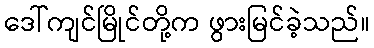
ဒေါ်ကျင်မြိုင်တို့က ဖွားမြင်ခဲ့သည်။